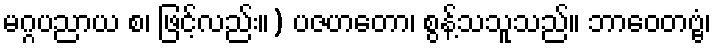
မဂ္ဂပညာယ စ၊ ဖြင့်လည်း။) ပဇဟတော၊ စွန့်သသူသည်။ ဘာဝေတဗ္ဗံ၊